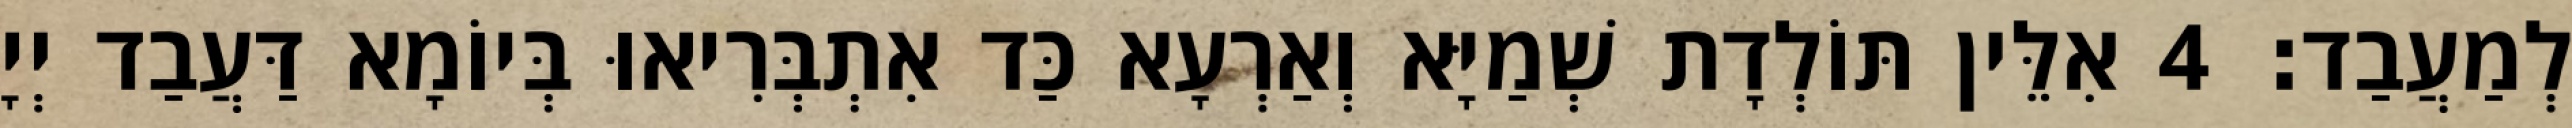
לְמַעֲבַד׃ 4 אִלֵּין תּוֹלְדָת שְׁמַיָּא וְאַרְעָא כַּד אִתְבְּרִיאוּ בְּיוֹמָא דַּעֲבַד יְיָ